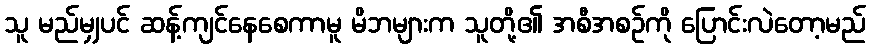
သူ မည်မျှပင် ဆန့်ကျင်နေစေကာမူ မိဘများက သူတို့၏ အစီအစဉ်ကို ပြောင်းလဲတော့မည်